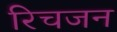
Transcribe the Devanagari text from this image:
रिचजन